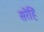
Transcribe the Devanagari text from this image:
सरेहिं